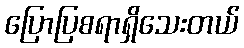
ပြောပြစရာရှိသေးတယ်